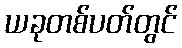
ယခုတစ်ပတ်တွင်